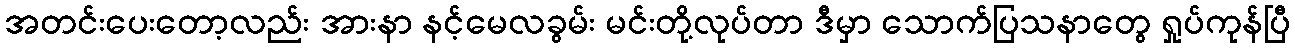
အတင်းပေးတော့လည်း အားနာ နင့်မေလခွမ်း မင်းတို့လုပ်တာ ဒီမှာ သောက်ပြသနာတွေ ရှုပ်ကုန်ပြီ